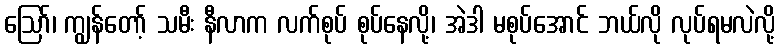
ဩော်၊ ကျွန်တော့် သမီး နီလာက လက်စုပ် စုပ်နေလို့၊ အဲဒါ မစုပ်အောင် ဘယ်လို လုပ်ရမလဲလို့